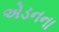
એડનના